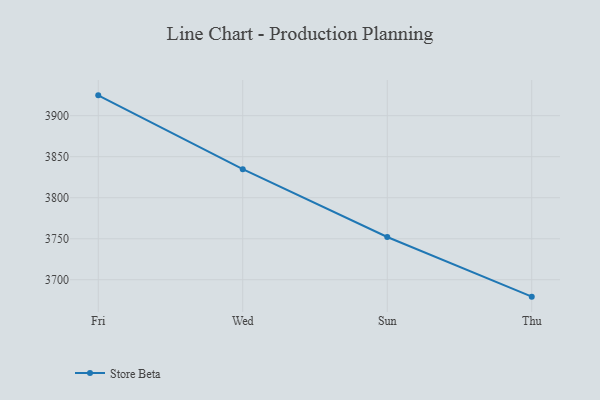
{"axis": {"x": "Day", "y": "Net Income (USD K)"}, "legend": ["Store Beta"], "data": [{"x": "Fri", "y": 3924.8, "type": "Store Beta"}, {"x": "Wed", "y": 3834.8, "type": "Store Beta"}, {"x": "Sun", "y": 3752.1, "type": "Store Beta"}, {"x": "Thu", "y": 3679.4, "type": "Store Beta"}]}